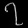
Digit: ၇